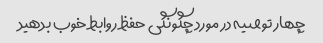
چهار توصیه در مورد چگونگی حفظ روابط خوب بدهید